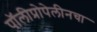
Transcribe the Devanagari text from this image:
पॉलीप्रोपेलीनचा